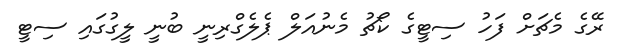
ރޭގެ މެޗަށް ފަހު ސިޓީގެ ކޯޗު މެނުއަލް ޕެލެގްރިނީ ބުނީ ލީގުގައި ސިޓީ